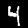
Digit: 4